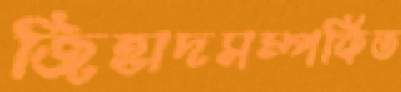
জিহাদসম্পর্কিত